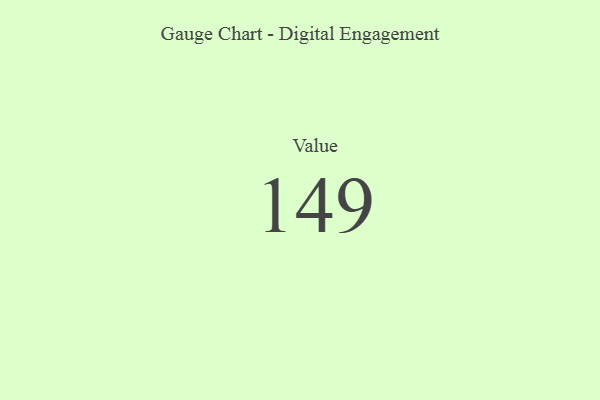
{"axis": {"x": "Metric", "y": "Value"}, "legend": [""], "data": [{"x": "Value", "y": 149, "type": ""}]}